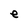
Character: e